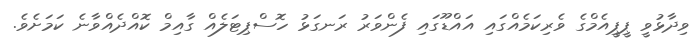
ވިދާޅުވީ ޕީޕީއެމްގެ ވެރިކަމެއްގައި އައްޑޫގައި ފެންވަރު ރަނގަޅު ހޮސްޕިޓަލެއް ގާއިމް ކޮއްދެއްވާނެ ކަމަށެވެ.